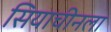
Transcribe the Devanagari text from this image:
सियाचीनला